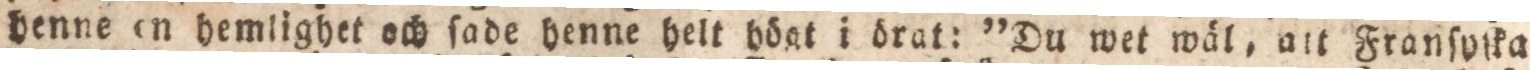
henne on hemlighet och ſade henne helt högt i drat: ”Du wet wäl, att Franſyſka